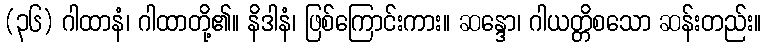
(၃၆) ဂါထာနံ၊ ဂါထာတို့၏။ နိဒါနံ၊ ဖြစ်ကြောင်းကား။ ဆန္ဒော၊ ဂါယတ္တိစသော ဆန်းတည်း။